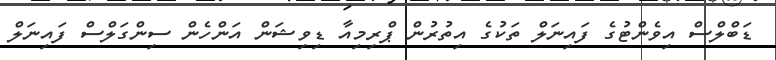
ޑަބްލްސް އިވެންޓުގެ ފައިނަލް ތަކުގެ އިތުރުން ޕްރިމިއާ ޑިވިޝަން އަންހެން ސިންގަލްސް ފައިނަލް